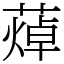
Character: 𦻐